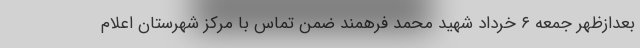
بعدازظهر جمعه ۶ خرداد شهید محمد فرهمند ضمن تماس با مرکز شهرستان اعلام